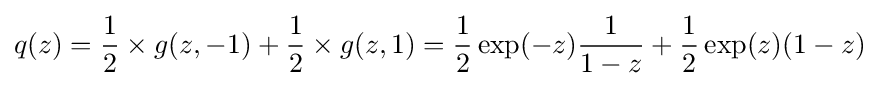
q(z)={\frac {1}{2}}\times g(z,-1)+{\frac {1}{2}}\times g(z,1)={\frac {1}{2}}\exp(-z){\frac {1}{1-z}}+{\frac {1}{2}}\exp(z)(1-z)